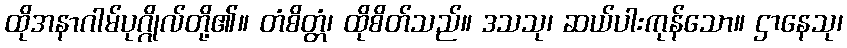
ထိုအနာဂါမ်ပုဂ္ဂိုလ်တို့၏။ တံစိတ္တံ၊ ထိုစိတ်သည်။ ဒသသု၊ ဆယ်ပါးကုန်သော။ ဌာနေသု၊